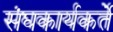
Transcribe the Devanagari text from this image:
संघकार्यकर्ते